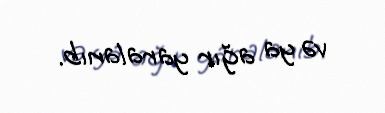
və ya ağır yaralanıb.